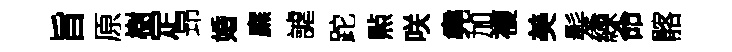
旨原樹定昻婚廡謔跎㸃咲堯加複美髪練命髂